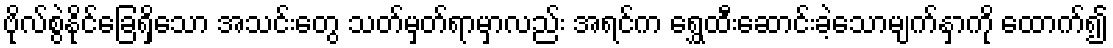
ဗိုလ်စွဲနိုင်ခြေရှိသော အသင်းတွေ သတ်မှတ်ရာမှာလည်း အရင်က ရွှေထီးဆောင်းခဲ့သောမျက်နှာကို ထောက်၍